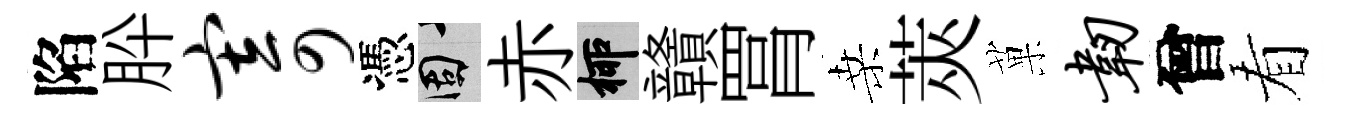
陷肸寄憑固赤柳贛罥桑莢菓韧曾看